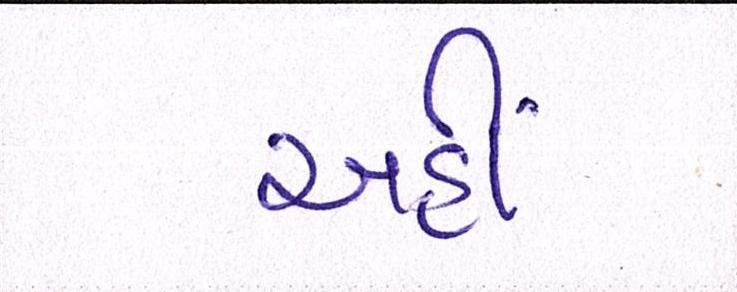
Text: અહીં